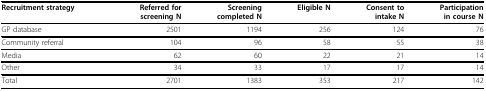
<table><thead><tr><td><b>Recruitment strategy</b></td><td><b>Referred forscreening N</b></td><td><b>Screeningcompleted N</b></td><td><b>Eligible N</b></td><td><b>Consent tointake N</b></td><td><b>Participationin course N</b></td></tr></thead><tbody><tr><td>GP database</td><td>2501</td><td>1194</td><td>256</td><td>124</td><td>76</td></tr><tr><td>Community referral</td><td>104</td><td>96</td><td>58</td><td>55</td><td>38</td></tr><tr><td>Media</td><td>62</td><td>60</td><td>22</td><td>21</td><td>14</td></tr><tr><td>Other</td><td>34</td><td>33</td><td>17</td><td>17</td><td>14</td></tr><tr><td>Total</td><td>2701</td><td>1383</td><td>353</td><td>217</td><td>142</td></tr></tbody></table>